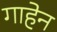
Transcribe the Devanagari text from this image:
गाहेन